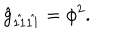
LaTeX: \hat { g } _ { \hat { 1 1 } \hat { 1 1 } } = \phi ^ { 2 } .